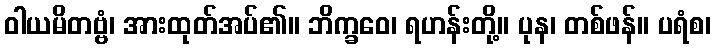
ဝါယမိတဗ္ဗံ၊ အားထုတ်အပ်၏။ ဘိက္ခဝေ၊ ရဟန်းတို့။ ပုန၊ တစ်ဖန်။ ပရံစ၊